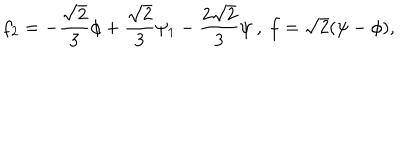
f _ { 2 } = - \frac { \sqrt { 2 } } { 3 } \phi + \frac { \sqrt { 2 } } { 3 } \psi _ { 1 } - \frac { 2 \sqrt { 2 } } { 3 } \psi \ , \ f = \sqrt { 2 } ( \psi - \phi ) ,